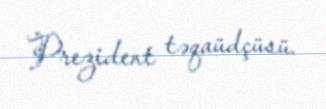
Prezident təqaüdçüsü.